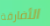
الأفارقة